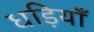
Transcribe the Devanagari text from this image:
धड़ियाँ